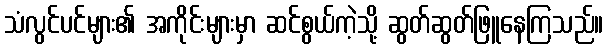
သံလွင်ပင်များ၏ အကိုင်းများမှာ ဆင်စွယ်ကဲ့သို့ ဆွတ်ဆွတ်ဖြူနေကြသည်။